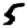
Digit: 5